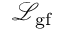
{ \mathcal { L } } _ { \mathrm { g f } }